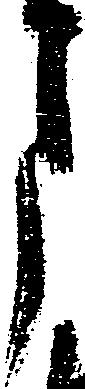
月